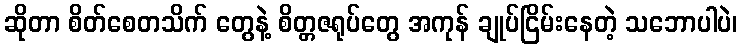
ဆိုတာ စိတ်စေတသိက် တွေနဲ့ စိတ္တဇရုပ်တွေ အကုန် ချုပ်ငြိမ်းနေတဲ့ သဘောပါပဲ၊